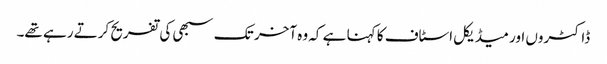
ڈاکٹروں اور میڈیکل اسٹاف کا کہنا ہے کہ وہ آخر تک سبھی کی تفریح کرتے رہے تھے۔